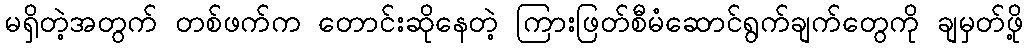
မရှိတဲ့အတွက် တစ်ဖက်က တောင်းဆိုနေတဲ့ ကြားဖြတ်စီမံဆောင်ရွက်ချက်တွေကို ချမှတ်ဖို့